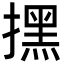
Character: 㩏